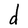
Character: d